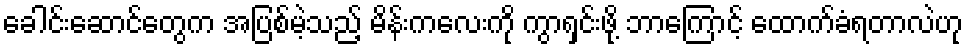
ခေါင်းဆောင်တွေက အပြစ်မဲ့သည့် မိန်းကလေးကို ကွာရှင်းဖို့ ဘာကြောင့် ထောက်ခံရတာလဲဟု